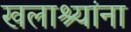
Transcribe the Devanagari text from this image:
खलाश्यांना